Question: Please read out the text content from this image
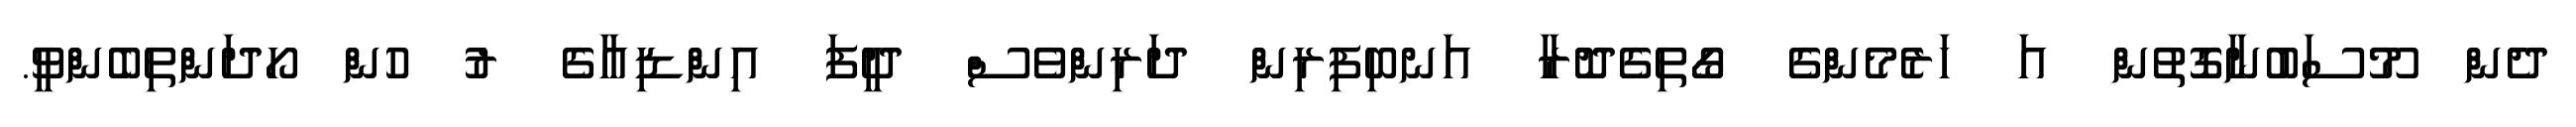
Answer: ދެން މޫސަބުނާގޮތުން އަ ހަރެމެންގެ ގޯތިގެދޮރާ އަނބިފިރިން ދަރިންވެސް ދީފަ އިންޑިއާގެ ރު ހުން ހޯދަންތިބެންވީ.